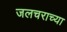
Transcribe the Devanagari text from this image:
जलचराच्या